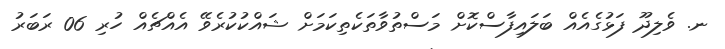
ނ. ވެލިދޫ ފަޅުގެއެއް ބަލައިފާސްކޮށް މަސްތުވާތަކެތިކަމަށް ޝައްކުކުރެވޭ އެއްޗެއް ހުރި 06 ރަބަރު